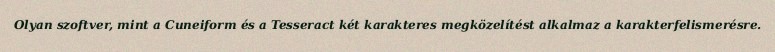
Olyan szoftver, mint a Cuneiform és a Tesseract két karakteres megközelítést alkalmaz a karakterfelismerésre.